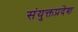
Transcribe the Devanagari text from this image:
संयुक्तप्रदेश